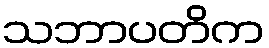
သဘာပတိက